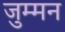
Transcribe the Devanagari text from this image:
जुम्मन